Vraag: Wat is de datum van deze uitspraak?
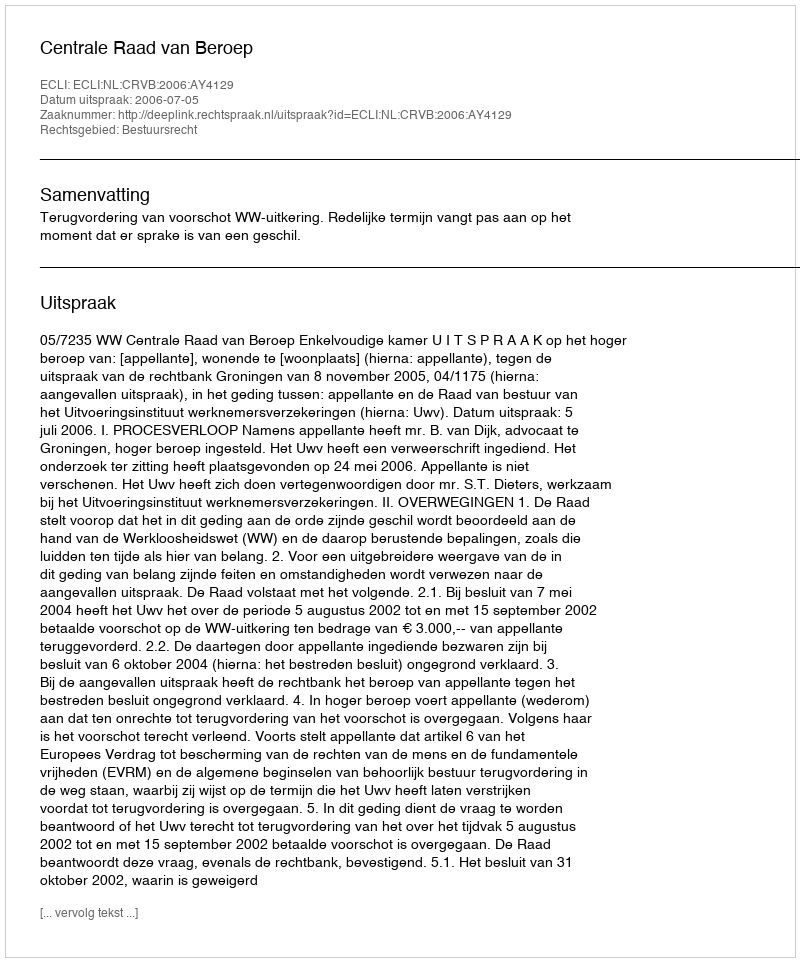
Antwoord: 2006-07-05